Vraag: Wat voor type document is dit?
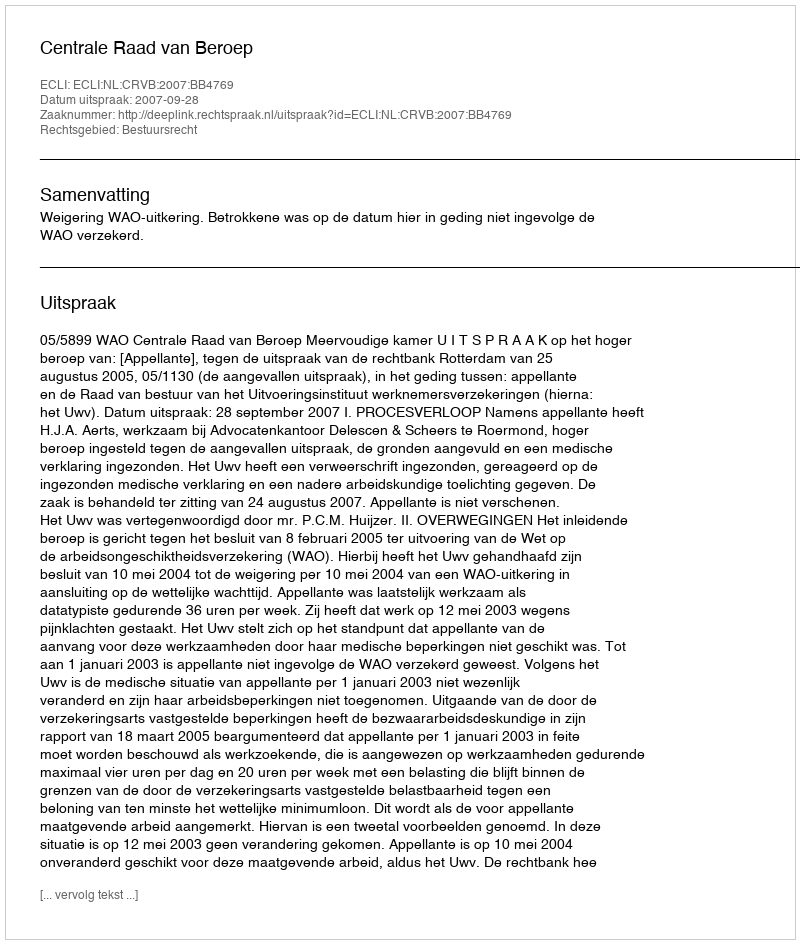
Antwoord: Uitspraak